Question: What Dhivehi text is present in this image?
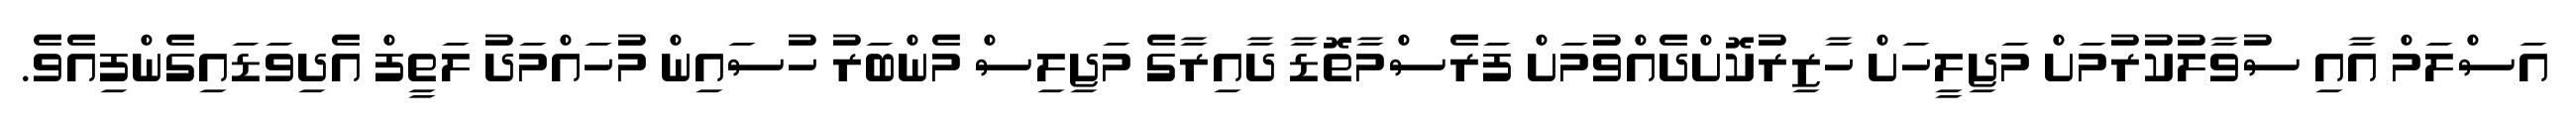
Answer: އަސްލަމް އާއި ސުވާލުކުރުމަށް މަޖިލީހަށް ހާޒިރުކޮށްދެއްވުމަށް ފަރެސްމާތޮޑާ ދާއިރާގެ މަޖިލިސް މެންބަރު ހުސައިން މުހައްމަދު ލަތީފް އެދިވަޑައިގެންފިއެވެ.